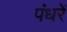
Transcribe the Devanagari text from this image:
पंधरें